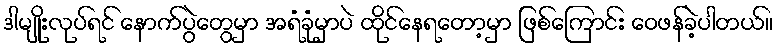
ဒါမျိုးလုပ်ရင် နောက်ပွဲတွေမှာ အရံခုံမှာပဲ ထိုင်နေရတော့မှာ ဖြစ်ကြောင်း ဝေဖန်ခဲ့ပါတယ်။